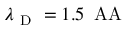
\lambda _ { \mathrm { ~ D ~ } } = 1 . 5 \, \mathrm { \ A A }